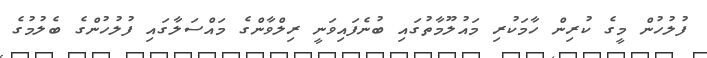
ފުލުހުން މީގެ ކުރިން ހާމަކުރި މައުލޫމާތުގައި ބުނެފައިވަނީ ރިލްވާންގެ މައްސަލާގައި ފުލުހުންގެ ބެލުމުގެ